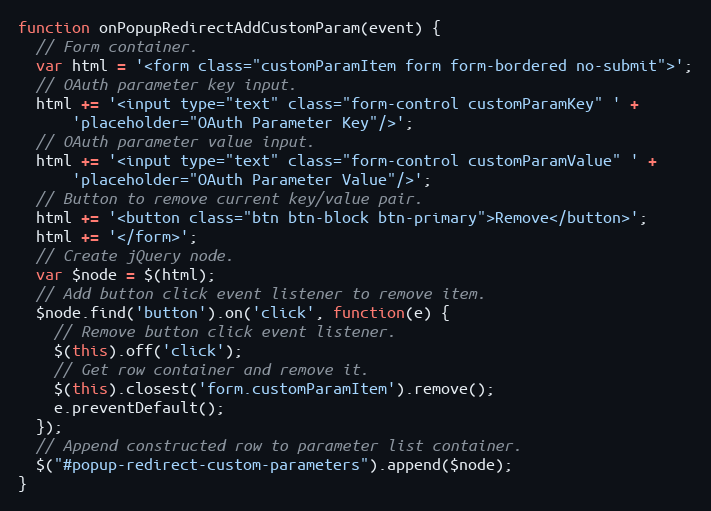
Language: JavaScript
function onPopupRedirectAddCustomParam(event) {
  // Form container.
  var html = '<form class="customParamItem form form-bordered no-submit">';
  // OAuth parameter key input.
  html += '<input type="text" class="form-control customParamKey" ' +
      'placeholder="OAuth Parameter Key"/>';
  // OAuth parameter value input.
  html += '<input type="text" class="form-control customParamValue" ' +
      'placeholder="OAuth Parameter Value"/>';
  // Button to remove current key/value pair.
  html += '<button class="btn btn-block btn-primary">Remove</button>';
  html += '</form>';
  // Create jQuery node.
  var $node = $(html);
  // Add button click event listener to remove item.
  $node.find('button').on('click', function(e) {
    // Remove button click event listener.
    $(this).off('click');
    // Get row container and remove it.
    $(this).closest('form.customParamItem').remove();
    e.preventDefault();
  });
  // Append constructed row to parameter list container.
  $("#popup-redirect-custom-parameters").append($node);
}